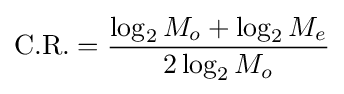
{\text{C.R.}}={\frac {\log _{2}M_{o}+\log _{2}M_{e}}{2\log _{2}M_{o}}}